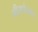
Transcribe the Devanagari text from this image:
श्रीराधेलाल